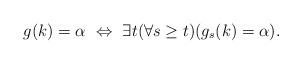
LaTeX: \begin{align*} g(k) = \alpha\ \Leftrightarrow\ \exists t (\forall s\geq t) (g_s(k) = \alpha).\end{align*}